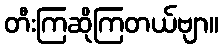
တီးကြဆိုကြတယ်ဗျာ။